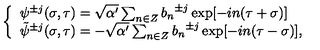
\left\{ \begin{array} { l } { { \psi } ^ { \pm j } ( \sigma , \tau ) = \sqrt { \alpha ^ { \prime } } \sum _ { n \in Z } { b _ { n } } ^ { \pm j } \exp [ - i n ( \tau + \sigma ) ] } \\ { { \tilde { \psi } } ^ { \pm j } ( \sigma , \tau ) = - \sqrt { \alpha ^ { \prime } } \sum _ { n \in Z } { b _ { n } } ^ { \pm j } \exp [ - i n ( \tau - \sigma ) ] , } \\ \end{array} \right.